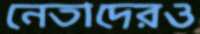
নেতাদেরও